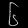
Digit: ၆